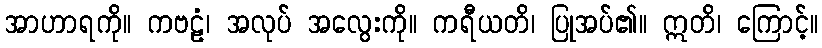
အာဟာရကို။ ကဗဠံ၊ အလုပ် အလွေးကို။ ကရီယတိ၊ ပြုအပ်၏။ ဣတိ၊ ကြောင့်။